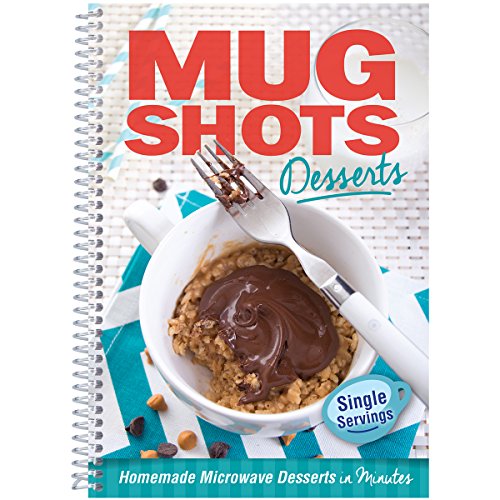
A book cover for Mug Shots, Desserts; CQ Products; Cookbooks, Food & Wine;